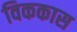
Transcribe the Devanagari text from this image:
विककास